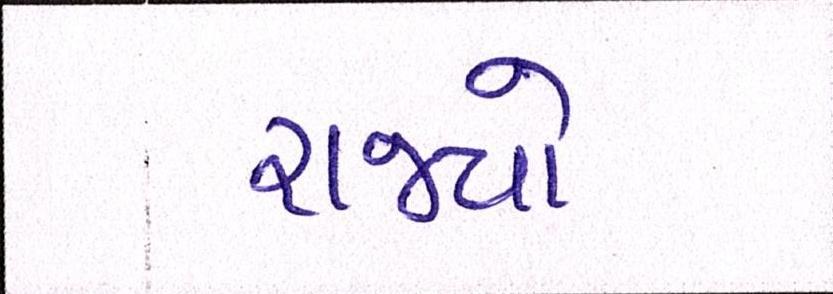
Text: રાજ્યો